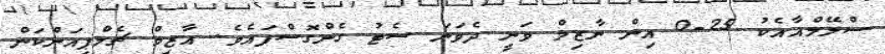
ސްލޭމްއާއެކު 25-0 އިން ނާޒިމް ވަނީ ދެވަނަ ސެޓު ގެންގޮސްފައެވެ. އާޒިމް ޗެމްޕިއަންކަން